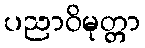
ပညာဝိမုတ္တာ